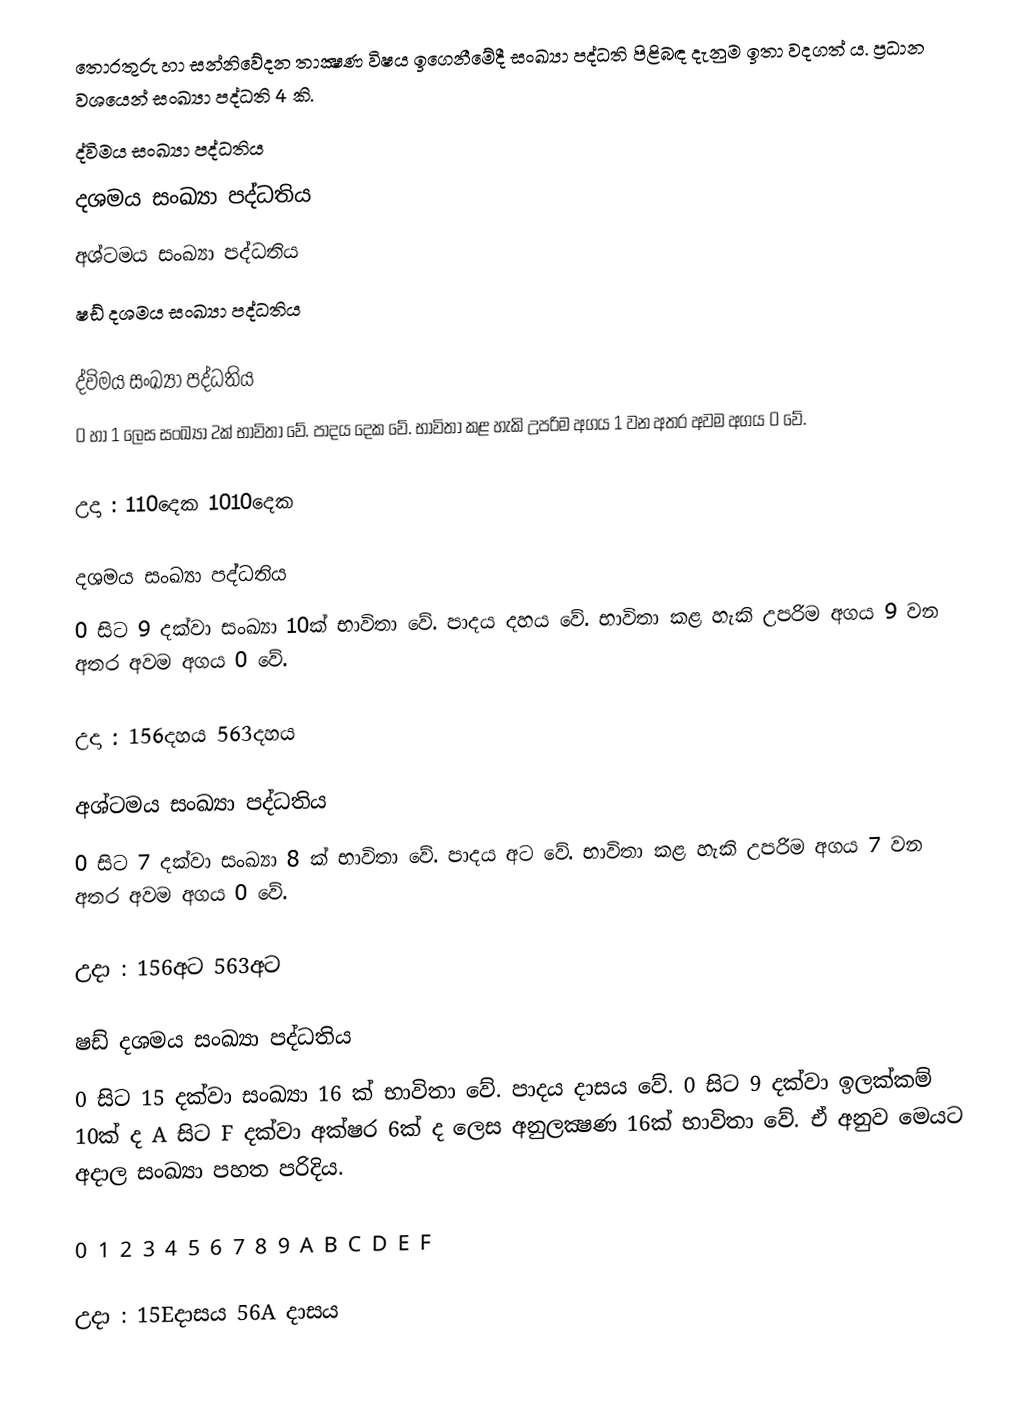
තොරතුරු හා සන්නිවේදන තාක්‍ෂණ විෂය ඉගෙනීමේදී සංඛ්‍යා පද්ධති පිළිබඳ දැනුම ඉතා වදගත් ය. ප්‍රධාන වශයෙන් සංඛ්‍යා පද්ධති 4 කි.
 ද්විමය සංඛ්‍යා පද්ධතිය
 දශමය සංඛ්‍යා පද්ධතිය
 අශ්ටමය  සංඛ්‍යා පද්ධතිය
 ෂඩ් දශමය සංඛ්‍යා පද්ධතිය

ද්විමය සංඛ්‍යා පද්ධතිය
0 හා 1 ලෙස සංඛ්‍යා 2ක් භාවිතා වේ. පාදය දෙක වේ. භාවිතා කළ හැකි උපරිම අගය 1 වන අතර අවම අගය 0 වේ.

උදා : 110දෙක   1010දෙක

දශමය සංඛ්‍යා පද්ධතිය
0 සිට 9 දක්වා සංඛ්‍යා 10ක් භාවිතා වේ. පාදය දහය  වේ. භාවිතා කළ හැකි උපරිම අගය 9 වන අතර අවම අගය 0 වේ.

උදා : 156දහය      563දහය

අශ්ටමය  සංඛ්‍යා පද්ධතිය
0 සිට 7 දක්වා සංඛ්‍යා 8 ක් භාවිතා වේ. පාදය අට වේ. භාවිතා කළ හැකි උපරිම අගය 7 වන අතර අවම අගය 0 වේ.

උදා : 156අට       563අට

ෂඩ් දශමය සංඛ්‍යා පද්ධතිය
0 සිට 15 දක්වා සංඛ්‍යා 16 ක් භාවිතා වේ. පාදය දාසය  වේ. 0 සිට 9 දක්වා ඉලක්කම් 10ක් ද A සිට F දක්වා අක්ෂර 6ක් ද ලෙස අනුලක්‍ෂණ 16ක් භාවිතා වේ. ඒ අනුව මෙයට අදාල සංඛ්‍යා පහත පරිදිය.

0 1 2 3 4 5 6 7 8 9 A B C D E F

උදා : 15Eදාසය        56A දාසය